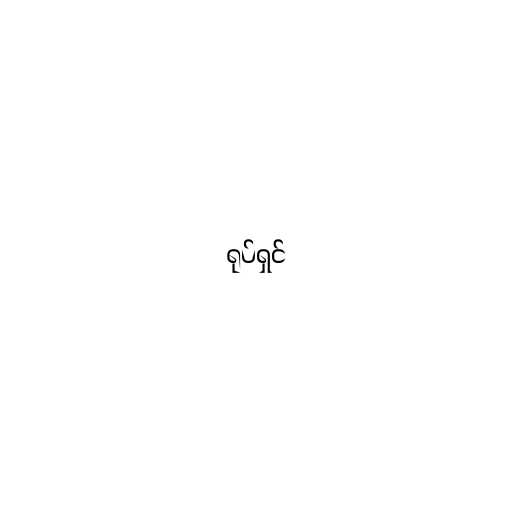
ရုပ်ရှင်